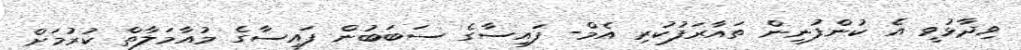
ވިދާޅުވީ އެ ކުންފުނިން ތައާރަފުކުރި އެމް- ފައިސާގެ ސަބަބުން ފައިސާގެ މުއާމަލާތް ކުރުމަށް